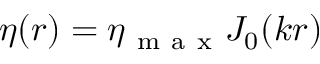
\eta ( r ) = \eta _ { \mathrm { ~ m ~ a ~ x ~ } } J _ { 0 } ( k r )